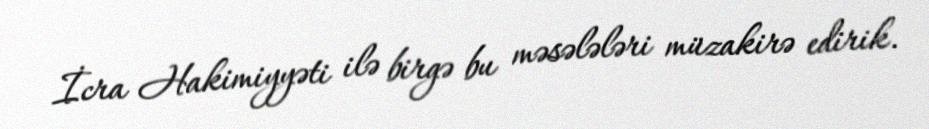
İcra Hakimiyyəti ilə birgə bu məsələləri müzakirə edirik.